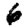
Digit: 6